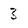
Character: 3